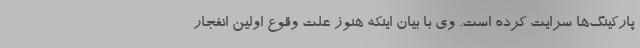
پارکینگ‌ها سرایت کرده است. وی با بیان اینکه هنوز علت وقوع اولین انفجار